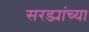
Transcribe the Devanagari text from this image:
सरड्यांच्या